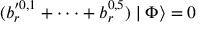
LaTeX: ( b _ { r } ^ { \prime 0 , 1 } + \cdot \cdot \cdot + b _ { r } ^ { 0 , 5 } ) \mid \Phi \rangle = 0